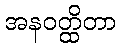
အနဝတ္ထိတာ